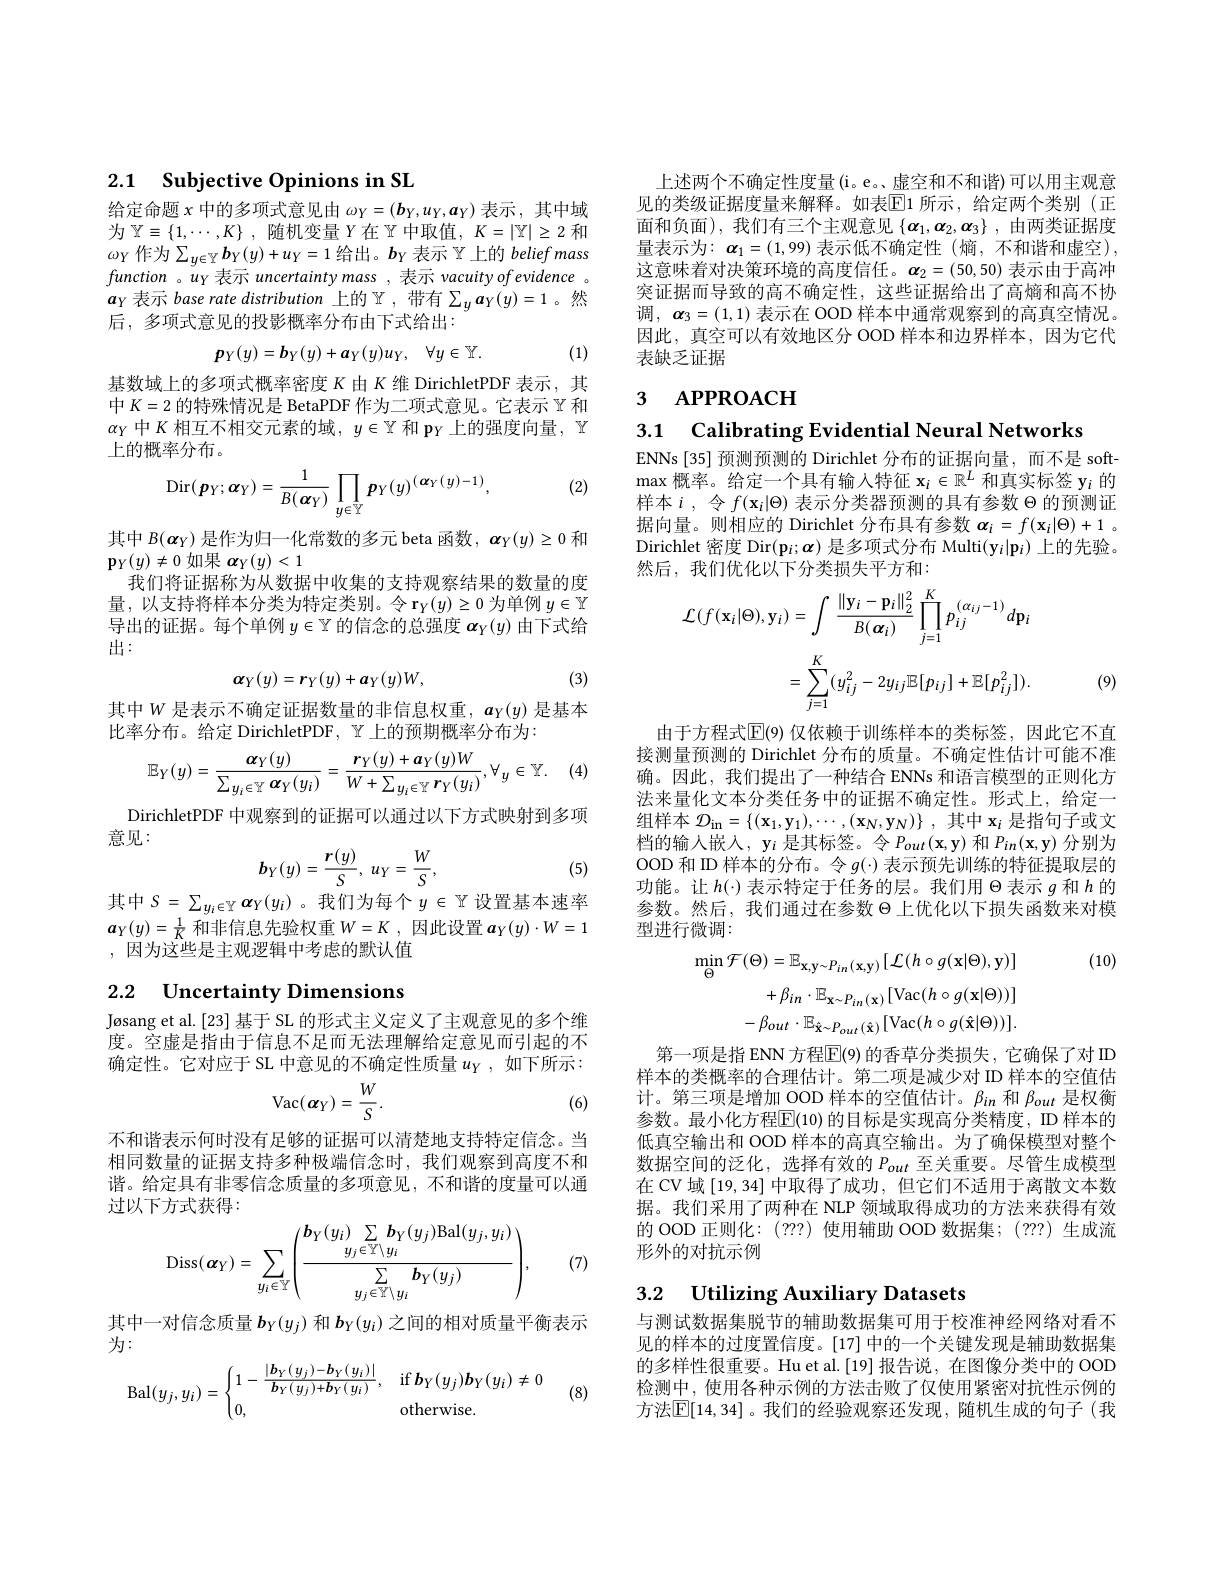
2.1 $\textbf{Subjective Opinions in SL}$

给定命题$x$中的多项式意见由$\omega_Y=(\boldsymbol{b}_Y,u_Y,\boldsymbol{a}_Y)$表示 ,其中域为$\mathbb{Y} \equiv \{ 1, \cdots , K\}$ ,随机变量$Y$在$\mathbb{Y}$中取值，$K=|\mathbb{Y}|\geq2$和$\omega_{Y}$作为$\sum_y\in\mathbb{Y}\boldsymbol{b}_Y(y)+u_Y=1$ 给出。$\boldsymbol b_Y$ 表示 $\Upsilon$上的 belief mass function 。$u_Y$表示 uncertainty mass , 表示 vacuity of evidence 。$a_Y$表示 base rate distribution 上的$\mathbb{Y}$,带有$\sum_ya_Y(y)=1$ 。然后，多项式意见的投影概率分布由下式给出：

(1)
$$\boldsymbol{p}_{Y}(y)=\boldsymbol{b}_{Y}(y)+\boldsymbol{a}_{Y}(y)u_{Y},\quad\forall y\in\mathbb{Y}.$$
基数域上的多项式概率密度$K$由$K$维 DirichletPDF 表示，其中$K=2$的特殊情况是 BetaPDF 作为二项式意见。它表示$\mathbb{Y}$和$\alpha_Y$中$K$相互不相交元素的域，$y\in\mathbb{Y}$和 p$_Y$上的强度向量，$\mathbb{Y}$ 上的概率分布。

(2)
$$\mathrm{Dir}(\boldsymbol{p}_{Y};\boldsymbol{\alpha}_{Y})=\frac{1}{B(\boldsymbol{\alpha}_{Y})}\prod_{y\in\mathbb{Y}}\boldsymbol{p}_{Y}(y)^{(\boldsymbol{\alpha}_{Y}(y)-1)},$$
其中$B(\boldsymbol{\alpha}_Y)$是作为归一化常数的多元 beta 函数，$\boldsymbol{\alpha}_Y(y)\geq0$和
$\mathbf{p}_Y(y)\neq0$如果$\boldsymbol\alpha_Y(y)<1$
我们将证据称为从数据中收集的支持观察结果的数量的度量，以支持将样本分类为特定类别。令$\mathbf{r}_Y(y)\geq0$为单例$y\in\mathbb{Y}$ 导出的证据。每个单例$y\in\mathbb{Y}$的信念的总强度$\boldsymbol{\alpha}_Y(y)$由下式给出：
$$\alpha_Y(y)=r_Y(y)+a_Y(y)W,$$
(3)

其中$W$ 是表示不确定证据数量的非信息权重，$a_Y(y)$ 是基本
比率分布。给定 DirichletPDF, $\mathbb{Y}$上的预期概率分布为：

(4)
$$\mathbb{E}_{Y}(y)=\frac{\alpha_{Y}(y)}{\sum_{y_{i}\in\mathbb{Y}}\alpha_{Y}(y_{i})}=\frac{r_{Y}(y)+a_{Y}(y)W}{W+\sum_{y_{i}\in\mathbb{Y}}r_{Y}(y_{i})},\forall_{y}\in\mathbb{Y}.$$
DirichletPDF 中观察到的证据可以通过以下方式映射到多项
意见：
$$b_Y(y)=\frac{r(y)}{S},\:u_Y=\frac{W}{S},$$
(5)

其中$S=\sum_{y_i\in\mathbb{Y}}\boldsymbol{\alpha}_Y(y_i)$。我们为每个$y\in\mathbb{Y}$设置基本速率$\boldsymbol{a}_Y(y)=\frac1K$和非信息先验权重$W= K$ , 因 此 设 置 $\boldsymbol{a}_Y( y) \cdot W= 1$ ,因为这些是主观逻辑中考虑的默认值

2.2 Uncertainty Dimensions

Jøsang et al.[23] 基于 SL 的形式主义定义了主观意见的多个维度。空虚是指由于信息不足而无法理解给定意见而引起的不确定性。它对应于 SL 中意见的不确定性质量$u_Y$,如下所示：
$$\mathrm{Vac}(\alpha_{Y})=\frac{W}{S}.$$
(6)

不和谐表示何时没有足够的证据可以清楚地支持特定信念。当相同数量的证据支持多种极端信念时，我们观察到高度不和谐。给定具有非零信念质量的多项意见，不和谐的度量可以通过以下方式获得：
$$\mathrm{Diss}(\boldsymbol{\alpha}_{Y})=\sum_{y_{i}\in\mathbb{Y}}\left(\frac{\boldsymbol{b}_{Y}(y_{i})\sum_{y_{j}\in\mathbb{Y}\setminus y_{i}}\boldsymbol{b}_{Y}(y_{j})\mathrm{Bal}(y_{j},y_{i})}{\sum_{y_{j}\in\mathbb{Y}\setminus y_{i}}\boldsymbol{b}_{Y}(y_{j})}\right),$$
(7)

其中一对信念质量$\boldsymbol{b}_Y(y_j)$和$\boldsymbol{b}_Y(y_i)$之间的相对质量平衡表示
为：
$$\mathrm{Bal}(y_j,y_i)=\begin{cases}1-\dfrac{|\boldsymbol{b}_Y(y_j)-\boldsymbol{b}_Y(y_i)|}{\boldsymbol{b}_Y(y_j)+\boldsymbol{b}_Y(y_i)},&\mathrm{if}\boldsymbol{b}_Y(y_j)\boldsymbol{b}_Y(y_i)\neq0\\0,&\mathrm{otherwise}.\end{cases}$$
(8)

上述两个不确定性度量(i。e。,虚空和不和谐)可以用主观意见的类级证据度量来解释。如表$\mathbb{E}$1 所示，给定两个类别(正面和负面),我们有三个主观意见$\left\{\boldsymbol\alpha_1,\boldsymbol\alpha_2,\boldsymbol\alpha_3\right\}$,由两类证据度量表示为：$\boldsymbol\alpha_1=(1,99)$表示低不确定性(熵，不和谐和虚空), 这意味着对决策环境的高度信任。$\boldsymbol{\alpha}_2=(50,50)$表示由于高冲突证据而导致的高不确定性，这些证据给出了高熵和高不协调，$\boldsymbol{\alpha }_3= ( 1, 1)$ 表示在 OOD 样本中通常观察到的高真空情况。因此，真空可以有效地区分 OOD 样本和边界样本，因为它代表缺乏证据

## 3 APPROACH

3.1 Calibrating Evidential Neural Networks

ENNs [35] 预测预测的 Dirichlet 分布的证据向量，而不是 soft- $\max$概率。给定一个具有输入特征$\mathbf{x}_i\in\mathbb{R}^L$和真实标签 y$_i$的样本$i$,令$f(\mathbf{x}_i|\Theta)$ 表示分类器预测的具有参数 $\Theta$ 的预测证据向量。则相应的 Dirichlet 分布具有参数$\alpha_i=f(\mathbf{x}_i|\Theta)+1$ 。Dirichlet 密度 Dir$(\mathbf{p}_i;\boldsymbol{\alpha})$是多项式分布 Multi(y$_i|\mathbf{p}_i)$上的先验。然后，我们优化以下分类损失平方和：
$$\begin{aligned}\mathcal{L}(f(\mathbf{x}_{i}|\Theta),\mathbf{y}_{i})&=\int\frac{\|\mathbf{y}_{i}-\mathbf{p}_{i}\|_{2}^{2}}{B(\boldsymbol{\alpha}_{i})}\prod_{j=1}^{K}p_{ij}^{(\alpha_{ij}-1)}d\mathbf{p}_{i}\\&=\sum_{j=1}^{K}(y_{ij}^{2}-2y_{ij}\mathbb{E}[p_{ij}]+\mathbb{E}[p_{ij}^{2}]).\end{aligned}$$
(9)

由于方程式$\mathbb{E}($9)仅依赖于训练样本的类标签，因此它不直接测量预测的 Dirichlet 分布的质量。不确定性估计可能不准确。因此，我们提出了一种结合 ENNs 和语言模型的正则化方法来量化文本分类任务中的证据不确定性。形式上，给定一组样本$\mathcal{D}_{\mathrm{in}}=\left\{(\mathbf{x}_{1},\mathbf{y}_{1}),\cdots,(\mathbf{x}_{N},\mathbf{y}_{N})\right\}$,其中$\mathbf{x}_{i}$是指句子或文档的输人嵌入，y$_i$是其标签。令$P_out(\mathbf{x},\mathbf{y})$和$P_in(\mathbf{x},\mathbf{y})$分别为OOD 和 ID 样本的分布。令$g(\cdot)$表示预先训练的特征提取层的功能。让$h(\cdot)$表示特定于任务的层。我们用$\Theta$表示$g$和$h$的参数。然后，我们通过在参数$\Theta$上优化以下损失函数来对模型进行微调：

(10)
$$\operatorname*{min}_{\Theta}\mathcal{F}(\Theta)=\mathbb{E}_{\mathbf{x},\mathbf{y}\sim P_{in}(\mathbf{x},\mathbf{y})}[\mathcal{L}(h\circ g(\mathbf{x}|\Theta),\mathbf{y})]\\+\beta_{in}\cdot\mathbb{E}_{\mathbf{x}\sim P_{in}(\mathbf{x})}[\operatorname{Vac}(h\circ g(\mathbf{x}|\Theta))]\\-\beta_{out}\cdot\mathbb{E}_{\hat{\mathbf{x}}\sim P_{out}(\hat{\mathbf{x}})}[\operatorname{Vac}(h\circ g(\hat{\mathbf{x}}|\Theta))].$$
第一项是指 ENN 方程$\overline{\mathrm{E}}$(9)的香草分类损失，它确保了对 ID 样本的类概率的合理估计。第二项是减少对 ID 样本的空值估计。第三项是增加 OOD 样本的空值估计。$\beta_{in}$和$\beta_{out}$是权衡参数。最小化方程$\boxed{\mathrm{E}}(10)$ 的目标是实现高分类精度，ID 样本的低真空输出和 OOD 样本的高真空输出。为了确保模型对整个数据空间的泛化，选择有效的$P_{out}$至关重要。尽管生成模型在 CV 域[19,34]中取得了成功，但它们不适用于离散文本数据。我们采用了两种在 NLP 领域取得成功的方法来获得有效的 OOD 正则化：(???) 使用辅助 OOD 数据集；(???) 生成流形外的对抗示例

### 3.2 $\textbf{Utilizing Auxiliary Datasets}$

与测试数据集脱节的辅助数据集可用于校准神经网络对看不见的样本的过度置信度。[17] 中的一个关键发现是辅助数据集的多样性很重要。Hu et al.[19] 报告说，在图像分类中的 OOD 检测中，使用各种示例的方法击败了仅使用紧密对抗性示例的方法$\overline{\mathbb{E}}[14,34]$。我们的经验观察还发现，随机生成的句子(我